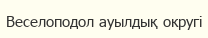
Веселоподол ауылдық округі